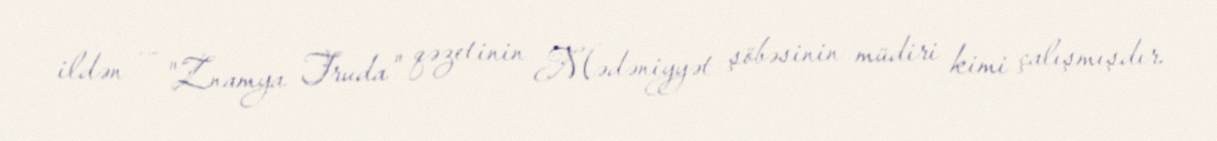
ildən — "Znamya Truda" qəzetinin Mədəniyyət şöbəsinin müdiri kimi çalışmışdır.